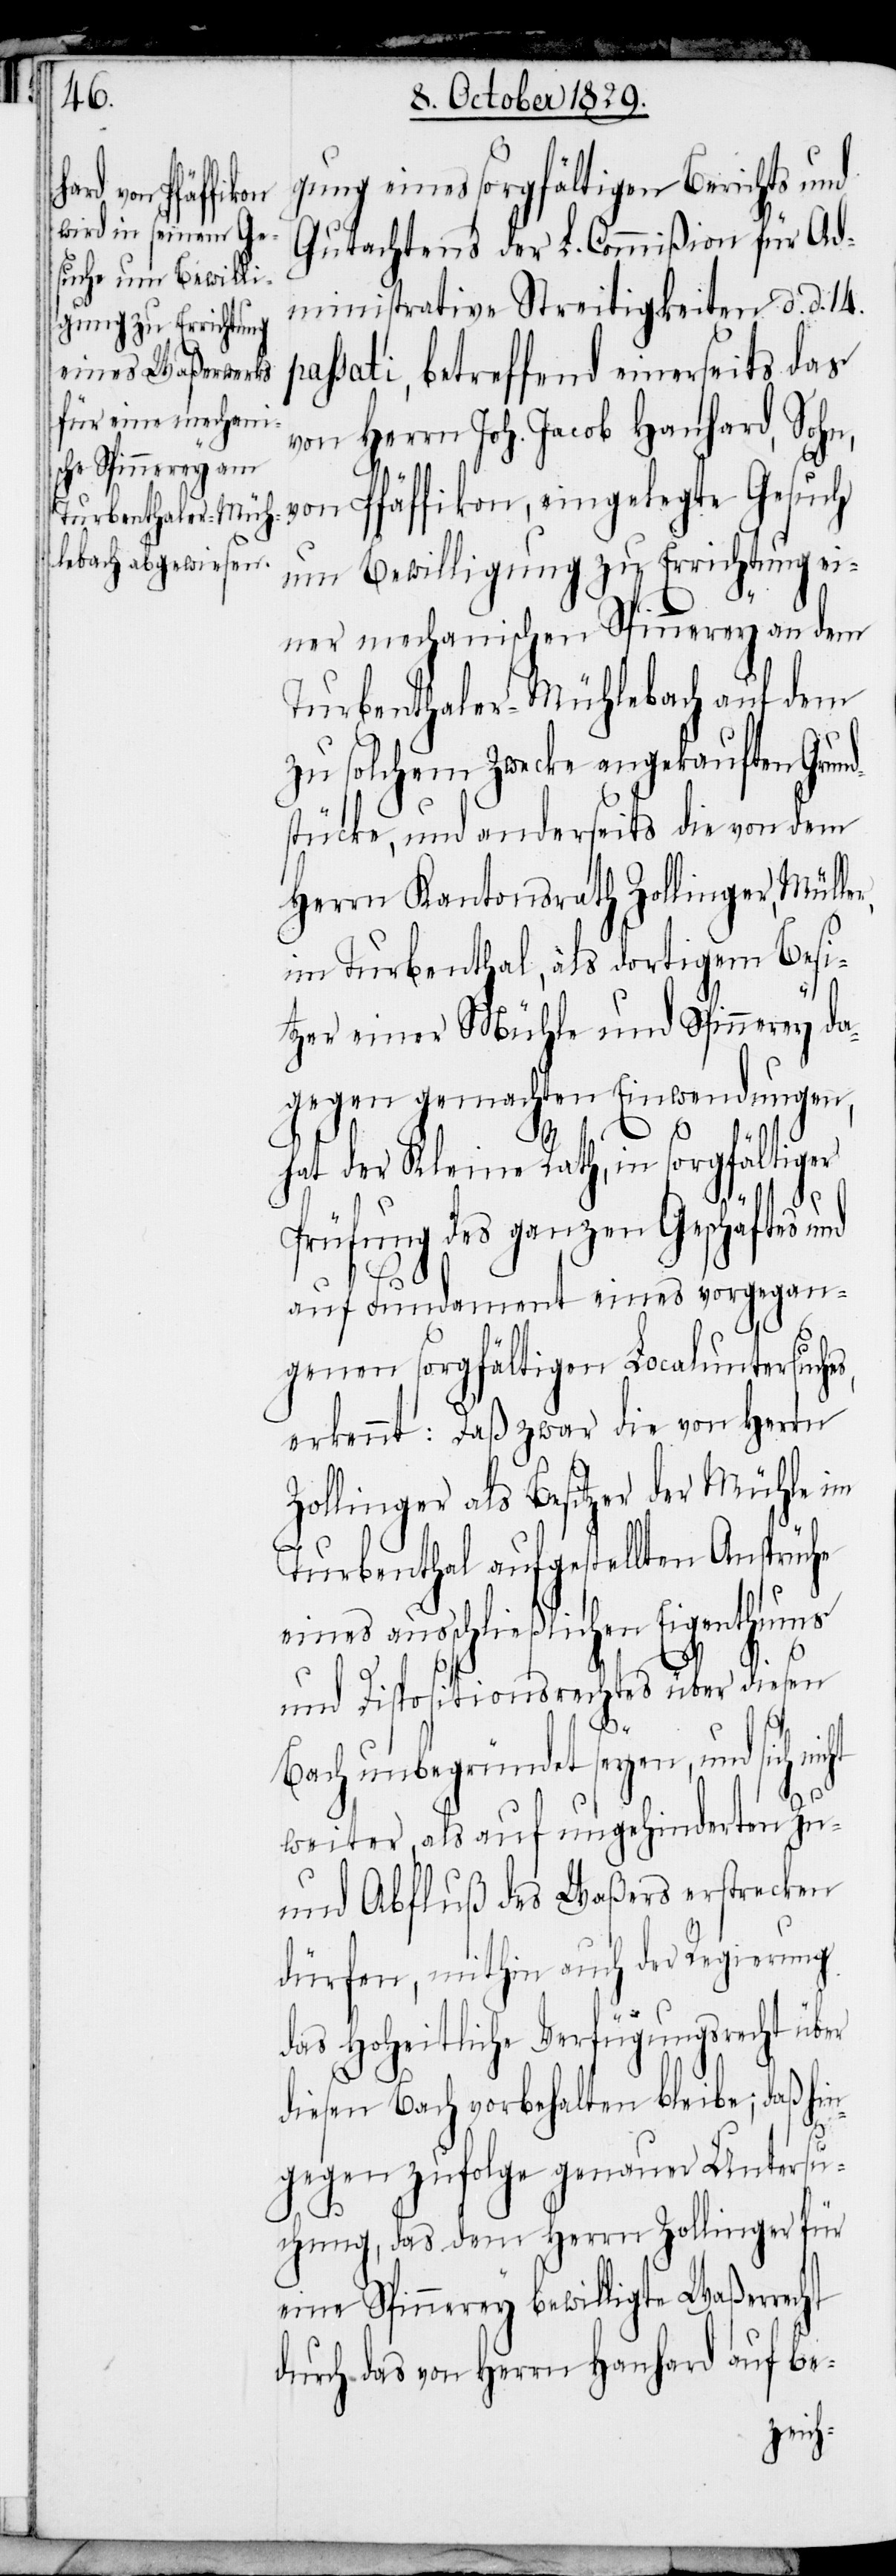
gung eines sorgfältigen Berichts und
Gutachtens der L. Commißion für Ad¬
ministrative Streitigkeiten d. d. 14.
sati, betreffend einerseits das
von Herrn Joh. Jacob Hanhard, Sohn,
von Pfäffikon, eingelegte Gesuch
um Bewilligung zu Errichtung ei¬
ner mechanischen Spinnerey an dem
Turbenthaler-Mühlebach auf dem
zu solchem Zwecke angekauften Grun¬
stücke, und anderseits die von dem
Herrn Kantonsrath Zollinger, Müll¬
im Turbenthal, als dortigem Besi¬
tzer einer Mühle und Spinnerey da¬
gegen gemachten Einwendungen,
hat der Kleine Rath, in sorgfältiger
d¬
Prüfung des ganzen Geschäftes und
auf Fundament eines vorgegan¬
genen sorgfältigen Localuntersuche¬
erkennt: Das zwar die von Herrn
Zollinger als Besitzer der Mühle im
Turbenthal aufgestellten Ansprüche
ausschließlichen Eigenthums
und Dispositionsrechtes über diesen
Bach unbegründet seyen, und sich
weiter, als auf ungehinderten Zu-
und Abfluß des Waßers erstrecken
dürfen, mithin auch der Regierung
das Hochheitliche Verfügungsrecht über
diesen Bach vorbehalten bleibe; daß hi¬
ngegen zufolge genauer Untersu¬
s,
chung, das dem Herrn Zollinger für
eine Spinnerey bewilligte Waßerrecht
durch das von Herrn Hanhard auf be-